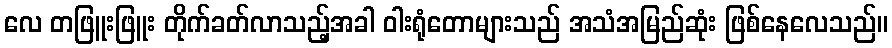
လေ တဖြူးဖြူး တိုက်ခတ်လာသည့်အခါ ဝါးရုံတောများသည် အသံအမြည်ဆုံး ဖြစ်နေလေသည်။